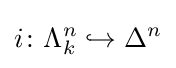
i\colon \Lambda _{k}^{n}\hookrightarrow \Delta ^{n}